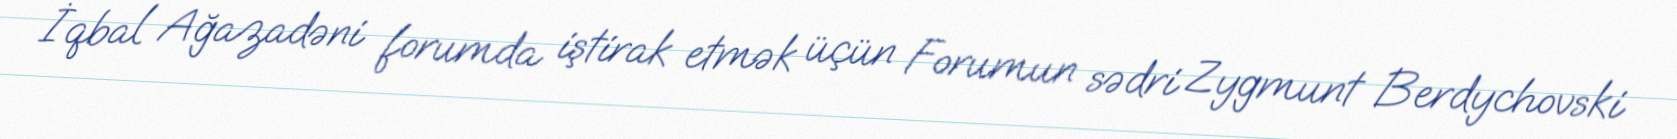
İqbal Ağazadəni forumda iştirak etmək üçün Forumun sədri Zygmunt Berdychovski